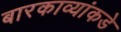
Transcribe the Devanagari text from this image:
बारकाव्यांकडे